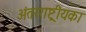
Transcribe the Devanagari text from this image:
अंतरराष्ट्रीयका